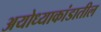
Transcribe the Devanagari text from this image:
अयोध्याकांडातील